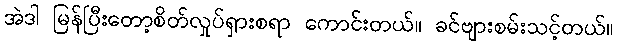
အဲဒါ မြန်ပြီးတော့စိတ်လှုပ်ရှားစရာ ကောင်းတယ်။ ခင်ဗျားစမ်းသင့်တယ်။